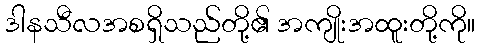
ဒါနသီလအစရှိသည်တို့၏ အကျိုးအထူးတို့ကို။